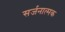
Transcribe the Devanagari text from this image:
सर्जनात्‍मक